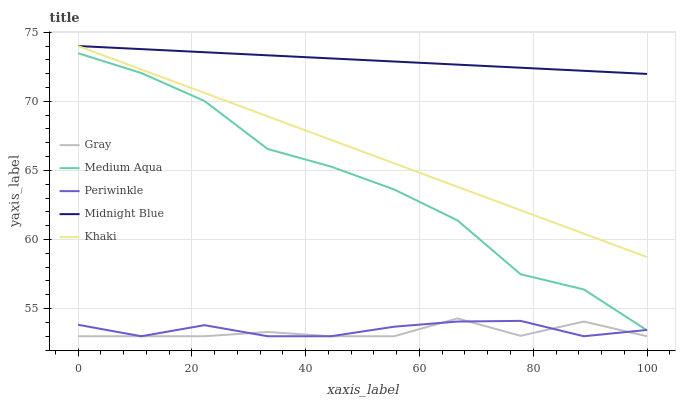
| xaxis_label | Gray | Medium Aqua | Periwinkle | Midnight Blue | Khaki |
 | --- | --- | --- | --- | --- | --- |
 | 0 | 53 | 73.5 | 53.8 | 74 | 74 |
 | 11.1 | 53 | 72 | 53 | 73.8 | 72.3 |
 | 22.2 | 53 | 70 | 53.8 | 73.6 | 70.6 |
 | 33.3 | 53.3 | 66.5 | 53 | 73.3 | 68.9 |
 | 44.4 | 53 | 65.3 | 53 | 73.1 | 67.2 |
 | 55.6 | 53 | 63.6 | 53.7 | 72.9 | 65.5 |
 | 66.7 | 54.3 | 61.4 | 54.1 | 72.7 | 63.8 |
 | 77.8 | 53 | 57.5 | 54.1 | 72.4 | 62.1 |
 | 88.9 | 54.1 | 56.4 | 53 | 72.2 | 60.4 |
 | 100 | 53 | 53.4 | 53.5 | 72 | 58.7 |